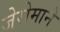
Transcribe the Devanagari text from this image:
जेरोमाने